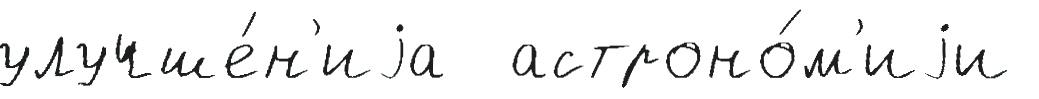
улучше́н'иjа  астроно́м'иjи